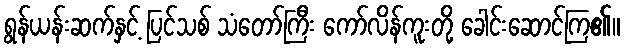
ရွန်ယန်းဆက်နှင့် ပြင်သစ် သံတော်ကြီး ကော်လိန်ကူးတို့ ခေါင်းဆောင်ကြ၏။